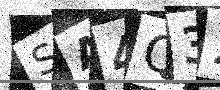
Text: SA4Q32